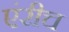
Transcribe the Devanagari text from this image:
एंरीच